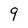
Character: 9